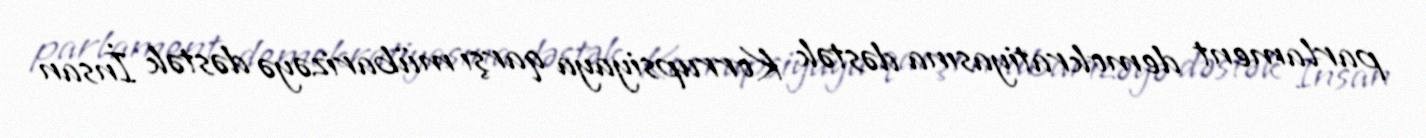
parlament demokratiyasına dəstək Korrupsiyaya qarşı mübarizəyə dəstək İnsan